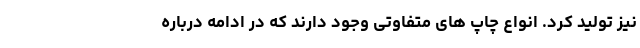
نیز تولید کرد. انواع چاپ های متفاوتی وجود دارند که در ادامه درباره